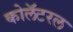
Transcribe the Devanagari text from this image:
कोलॅटरल